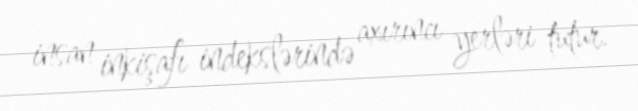
insan inkişafı indekslərində axırıncı yerləri tutur.